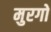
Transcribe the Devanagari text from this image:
मुरगो